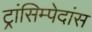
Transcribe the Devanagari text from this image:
ट्रांसिम्पेदांस